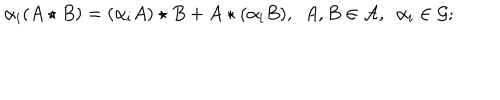
\alpha _ { i } ( A \star B ) = ( \alpha _ { i } A ) \star B + A \star ( \alpha _ { i } B ) , ~ ~ A , B \in { \cal A } , ~ ~ \alpha _ { i } \in { \cal G } ;